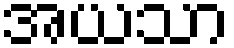
အယသာ